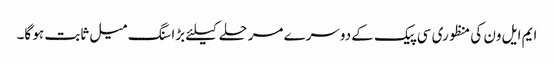
ایم ایل ون کی منظوری سی پیک کے دوسرے مرحلے کیلئے بڑا سنگ میل ثابت ہو گا۔